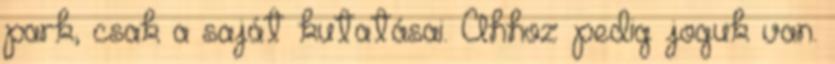
park, csak a saját kutatásai. Ahhoz pedig joguk van.